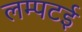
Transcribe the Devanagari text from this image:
लम्पटई